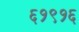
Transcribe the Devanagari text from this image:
६१९१६